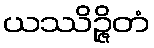
ယဿိဉ္ဇိတံ